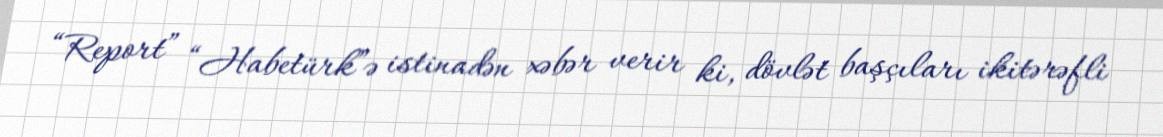
“Report” “Habetürk”ə istinadən xəbər verir ki, dövlət başçıları ikitərəfli